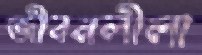
জীবনলীলা